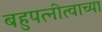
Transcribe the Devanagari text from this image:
बहुपत्नीत्वाच्या